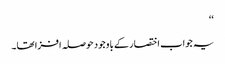
‘‘
یہ جواب اختصار کے باوجود حوصلہ افزا تھا۔